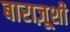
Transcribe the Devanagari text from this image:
बाराज़ूशी